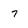
Character: 7